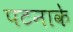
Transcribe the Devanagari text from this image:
पटनाके